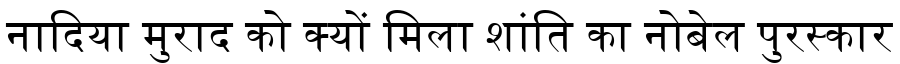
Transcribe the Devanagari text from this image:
नादिया मुराद को क्यों मिला शांति का नोबेल पुरस्कार